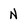
Character: N